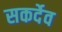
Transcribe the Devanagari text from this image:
सकर्देव